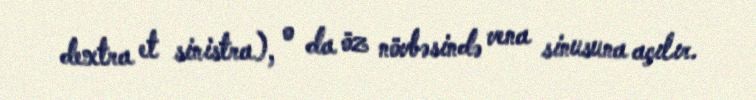
dextra et sinistra), o da öz növbəsində vena sinusuna açılır.